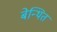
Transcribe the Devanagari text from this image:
बेन्थित